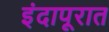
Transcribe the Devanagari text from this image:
इंदापूरात